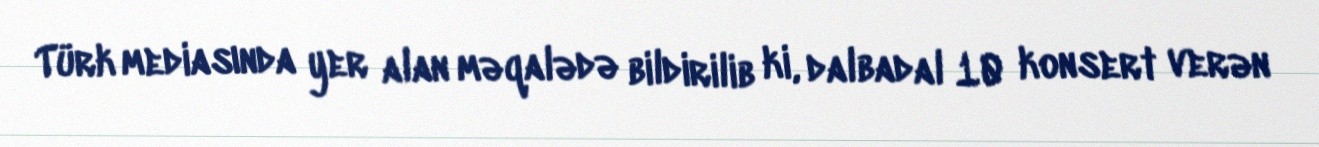
Türk mediasında yer alan məqalədə bildirilib ki, dalbadal 10 konsert verən